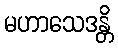
မဟာသေဒန္တိ